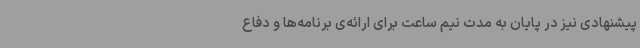
پیشنهادی نیز در پایان به مدت نیم ساعت برای ارائه‌ی برنامه‌ها و دفاع